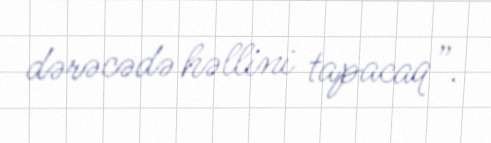
dərəcədə həllini tapacaq”.